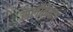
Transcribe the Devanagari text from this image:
सलीकेदार